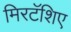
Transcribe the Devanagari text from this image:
मिरटॅशिए